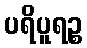
ပရိပူရဉ္စ